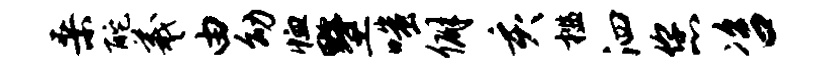
桑酡羲由幼恤墅嗤僻亥槛泗您咨